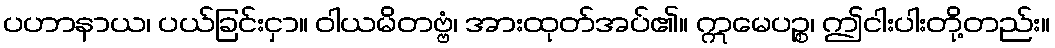
ပဟာနာယ၊ ပယ်ခြင်းငှာ။ ဝါယမိတဗ္ဗံ၊ အားထုတ်အပ်၏။ ဣမေပဉ္စ၊ ဤငါးပါးတို့တည်း။